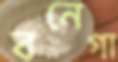
বনেগা